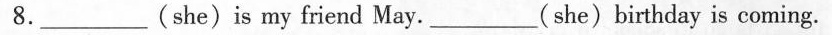
8___ (she)is my friend May. ___ ( she)birthday is coming.